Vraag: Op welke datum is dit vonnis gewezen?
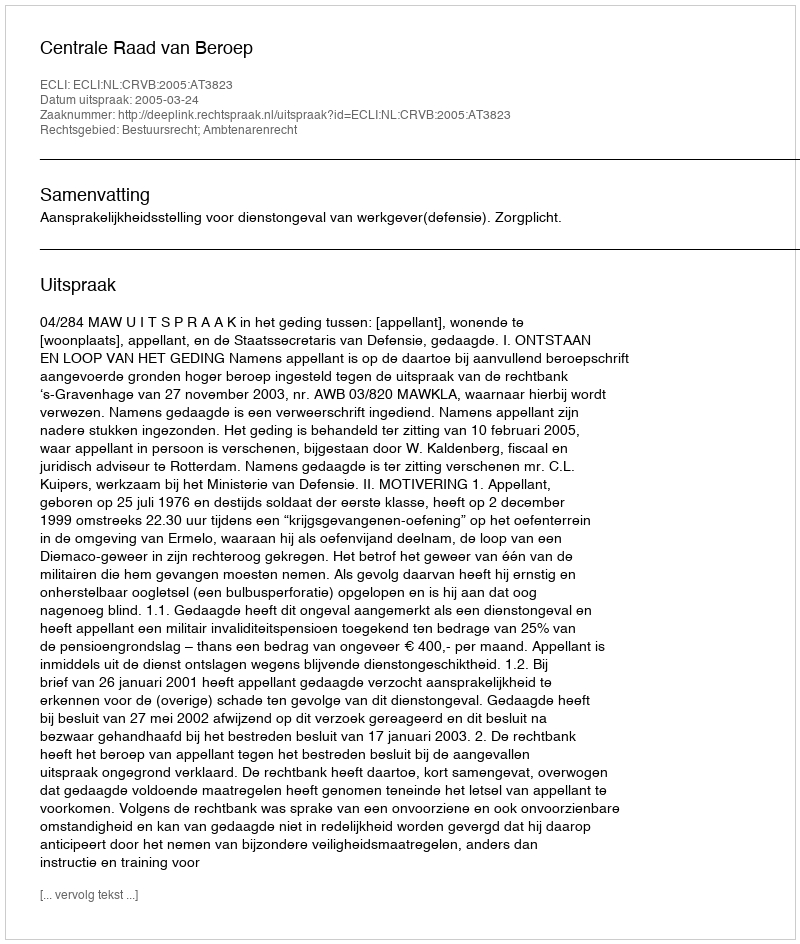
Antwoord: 2005-03-24